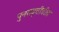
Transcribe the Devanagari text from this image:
पुनरावृत्तीतील